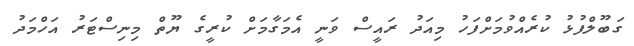
ގަބޫލްފުޅު ކުރެއްވުމަށްފަހު މިއަދު ރައީސް ވަނީ އެމަގާމަށް ކުރީގެ ޔޫތް މިނިިސްޓަރު އަހްމަދު